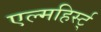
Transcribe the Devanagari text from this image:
एल्महिर्स्ट्